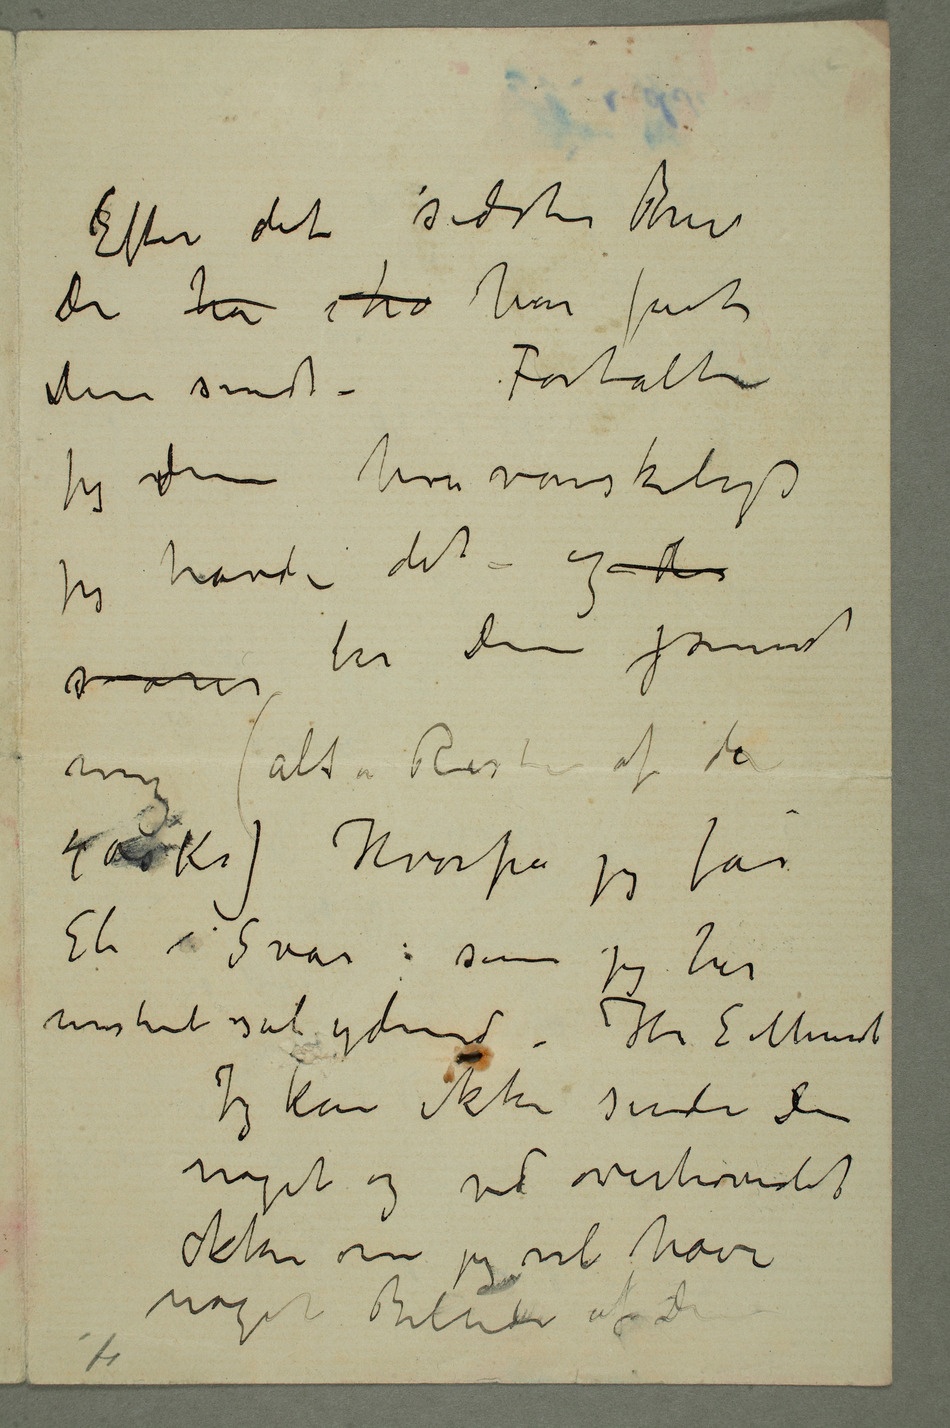
Efter det sidste Brev
De ha ha har fået
Dem sendt – Fortalte
jeg dem hvor vanskeligt
jeg havde det og svarer
ber Dem jsende
mig (alt a Resten av de
Et Svar som jeg har –
Jeg kan ikke sende Dem
noget og ved overhovedet
ikke om jeg vil have